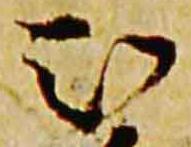
被